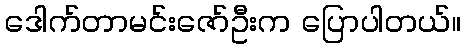
ဒေါက်တာမင်းဇော်ဦးက ပြောပါတယ်။